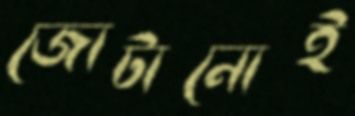
জোটানোই